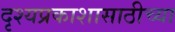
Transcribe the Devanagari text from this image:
दृश्यप्रकाशासाठीच्या